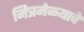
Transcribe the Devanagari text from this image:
मित्रमेळ्याचे